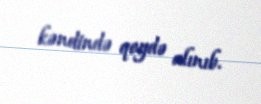
kəndində qeydə alınıb.